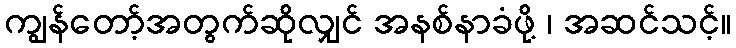
ကျွန်တော့်အတွက်ဆိုလျှင် အနစ်နာခံဖို့ ၊ အဆင်သင့်။